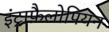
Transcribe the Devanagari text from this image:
इंट्राफ़ैलोपियन